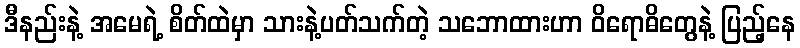
ဒီနည်းနဲ့ အမေရဲ့ စိတ်ထဲမှာ သားနဲ့ပတ်သက်တဲ့ သဘောထားဟာ ဝိရောဓိတွေနဲ့ ပြည့်နေ